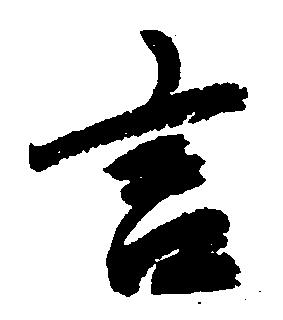
言